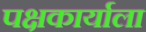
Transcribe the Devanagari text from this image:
पक्षकार्याला